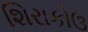
શિરાકોઉ